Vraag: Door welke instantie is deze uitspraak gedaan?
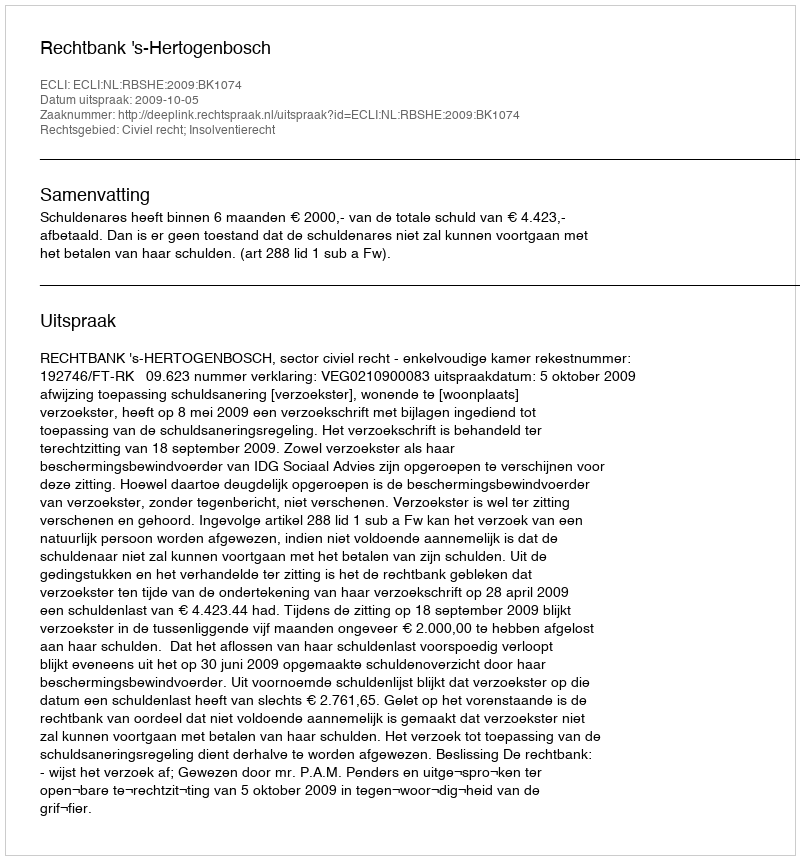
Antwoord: Rechtbank 's-Hertogenbosch